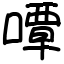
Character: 嘾